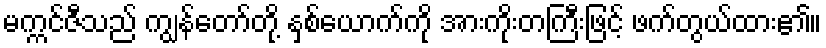
မက္ကင်ဇီသည် ကျွန်တော်တို့ နှစ်ယောက်ကို အားကိုးတကြီးဖြင့် ဖက်တွယ်ထား၏။